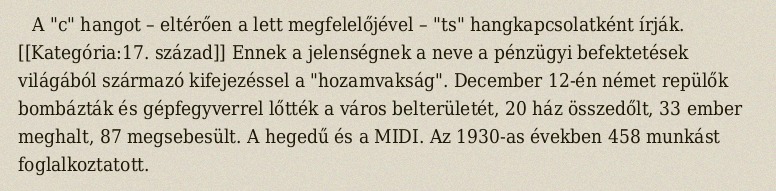
A "c" hangot – eltérően a lett megfelelőjével – "ts" hangkapcsolatként írják. [[Kategória:17. század]] Ennek a jelenségnek a neve a pénzügyi befektetések világából származó kifejezéssel a "hozamvakság". December 12-én német repülők bombázták és gépfegyverrel lőtték a város belterületét, 20 ház összedőlt, 33 ember meghalt, 87 megsebesült. A hegedű és a MIDI. Az 1930-as években 458 munkást foglalkoztatott.